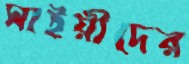
সাইয়ীদের